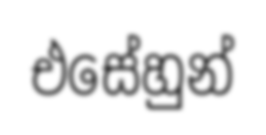
එසේහුන්